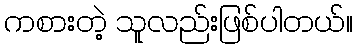
ကစားတဲ့ သူလည်းဖြစ်ပါတယ်။